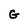
Character: G